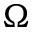
\Omega